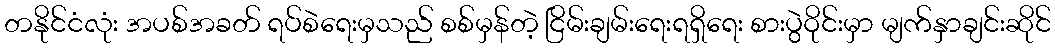
တနိုင်ငံလုံး အပစ်အခတ် ရပ်စဲရေးမှသည် စစ်မှန်တဲ့ ငြိမ်းချမ်းရေးရရှိရေး စားပွဲဝိုင်းမှာ မျက်နှာချင်းဆိုင်